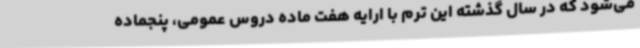
می‌شود که در سال گذشته این ترم با ارایه هفت ماده دروس عمومی، پنجماده